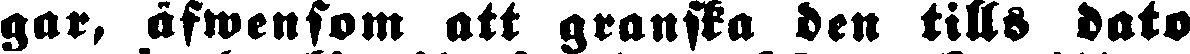
gar, äfwensom att granska den tills dato